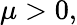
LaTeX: \mu>0,